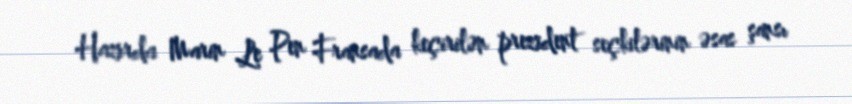
Hazırda Marin Le Pen Fransada keçirilən prezident seçkilərinin əsas şansı